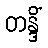
တန္ဒိံ